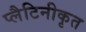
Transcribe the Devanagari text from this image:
प्लैटिनीकृत